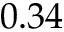
0 . 3 4